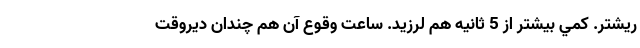
ريشتر. كمي بيشتر از 5 ثانيه هم لرزيد. ساعت وقوع آن هم چندان ديروقت